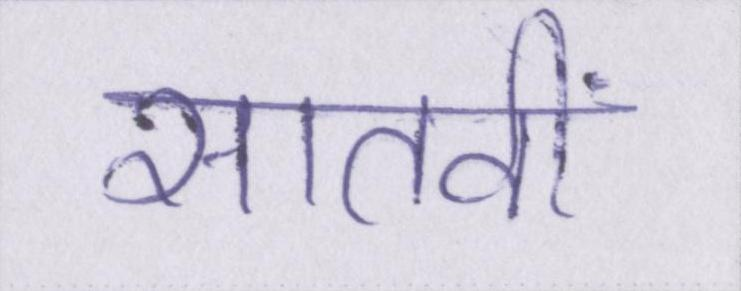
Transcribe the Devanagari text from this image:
सातवीं